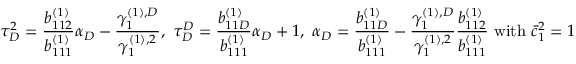
\tau _ { D } ^ { 2 } = \frac { b _ { 1 1 2 } ^ { ( 1 ) } } { b _ { 1 1 1 } ^ { ( 1 ) } } \alpha _ { D } - \frac { \gamma _ { 1 } ^ { ( 1 ) , D } } { \gamma _ { 1 } ^ { ( 1 ) , 2 } } , \ \tau _ { D } ^ { D } = \frac { b _ { 1 1 D } ^ { ( 1 ) } } { b _ { 1 1 1 } ^ { ( 1 ) } } \alpha _ { D } + 1 , \ \alpha _ { D } = \frac { b _ { 1 1 D } ^ { ( 1 ) } } { b _ { 1 1 1 } ^ { ( 1 ) } } - \frac { \gamma _ { 1 } ^ { ( 1 ) , D } } { \gamma _ { 1 } ^ { ( 1 ) , 2 } } \frac { b _ { 1 1 2 } ^ { ( 1 ) } } { b _ { 1 1 1 } ^ { ( 1 ) } } \mathrm { ~ w i t h ~ } \bar { c } _ { 1 } ^ { 2 } = 1